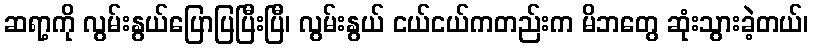
ဆရာ့ကို လွမ်းနွယ်ပြောပြပြီးပြီ၊ လွမ်းနွယ် ငယ်ငယ်ကတည်းက မိဘတွေ ဆုံးသွားခဲ့တယ်၊